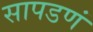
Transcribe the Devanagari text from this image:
सापडणं